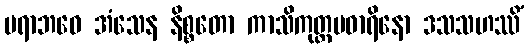
ပရာဘဝေ အံသေန နိစ္စတော ကာသိကုတ္တမဓာရိနော ဒသသဟဿိံ